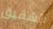
الشقيق